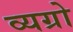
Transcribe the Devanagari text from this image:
व्यग्रो